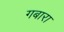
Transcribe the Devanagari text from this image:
गबारा